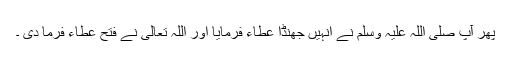
پھر آپ صلی اللہ علیہ وسلم نے انہیں جھنڈا عطاء فرمایا اور اللہ تعالٰی نے فتح عطاء فرما دی ۔